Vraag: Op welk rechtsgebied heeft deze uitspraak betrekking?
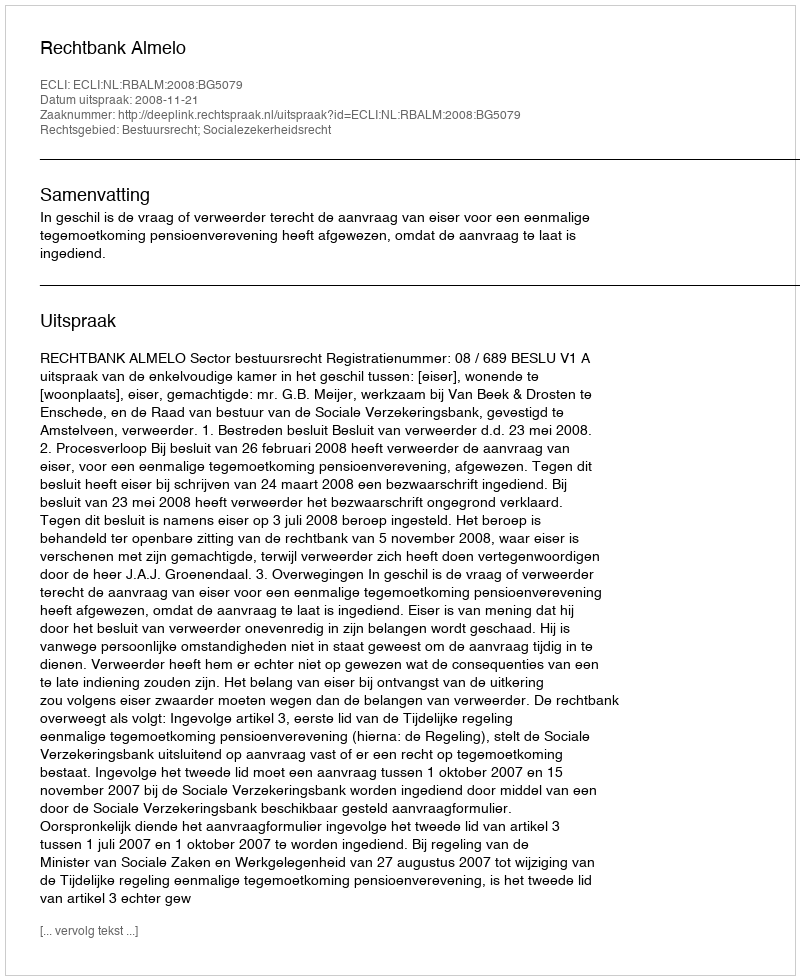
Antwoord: Bestuursrecht; Socialezekerheidsrecht